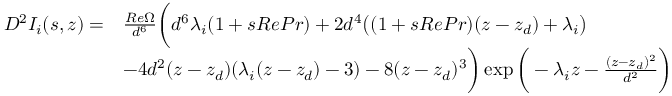
\begin{array} { r l } { D ^ { 2 } I _ { i } ( s , z ) = } & { \frac { R e \Omega } { d ^ { 6 } } \bigg ( d ^ { 6 } \lambda _ { i } ( 1 + s R e P r ) + 2 d ^ { 4 } \big ( ( 1 + s R e P r ) ( z - z _ { d } ) + \lambda _ { i } \big ) } \\ & { - 4 d ^ { 2 } ( z - z _ { d } ) ( \lambda _ { i } ( z - z _ { d } ) - 3 ) - 8 ( z - z _ { d } ) ^ { 3 } \bigg ) \exp \bigg ( - \lambda _ { i } z - \frac { ( z - z _ { d } ) ^ { 2 } } { d ^ { 2 } } \bigg ) } \end{array}